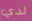
لدي